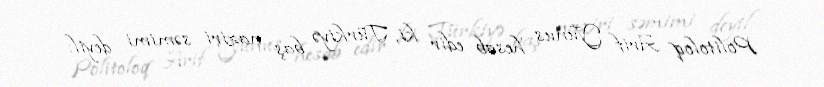
Politoloq Arif Yunus hesab edir ki, Türkiyə baş naziri səmimi deyil: